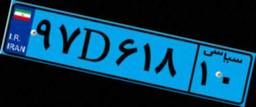
۹۷D۶۱۸۱۰